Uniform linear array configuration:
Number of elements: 4
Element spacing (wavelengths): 1
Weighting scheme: binomial
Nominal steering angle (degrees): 15
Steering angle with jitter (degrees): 13.815
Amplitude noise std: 0.05
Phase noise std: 0.05

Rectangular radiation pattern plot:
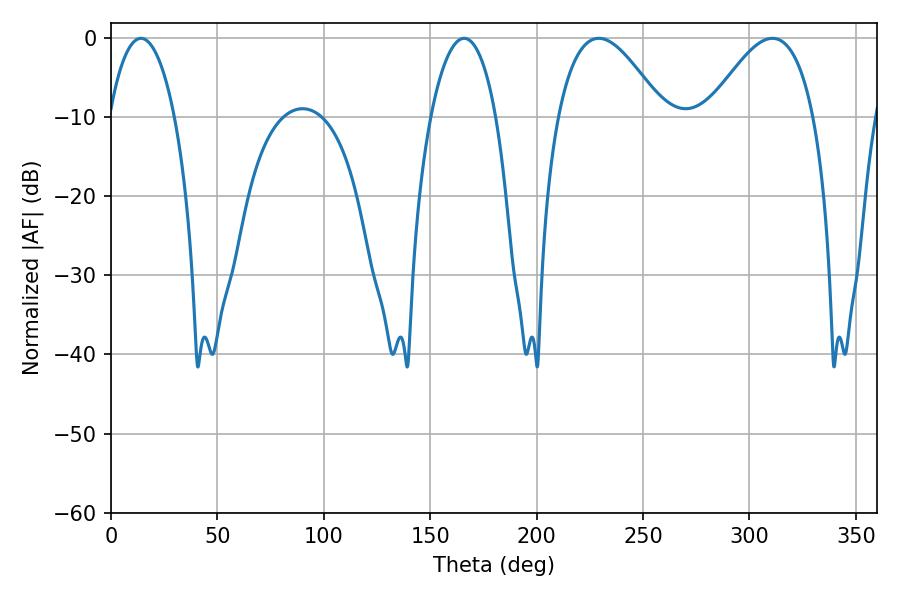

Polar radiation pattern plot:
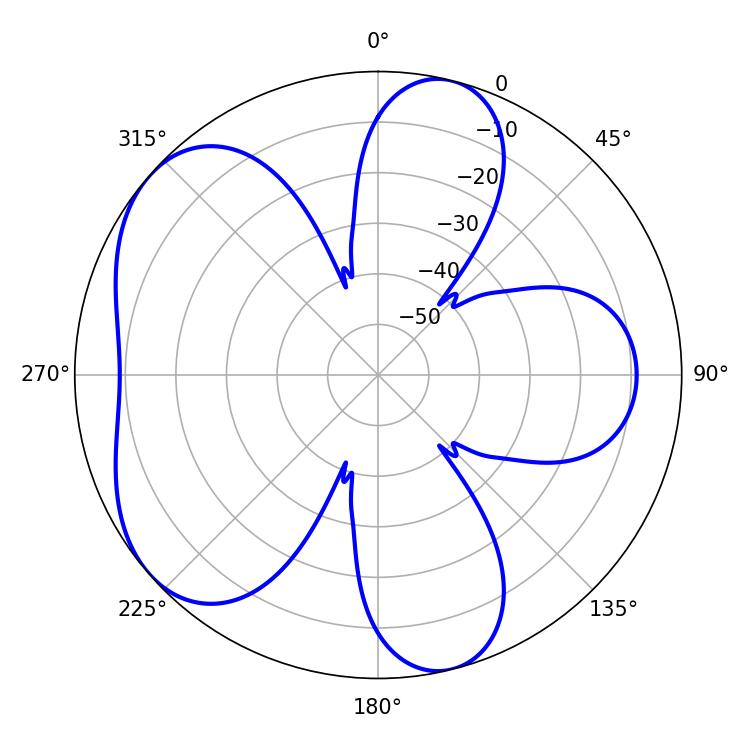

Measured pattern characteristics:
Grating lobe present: TRUE
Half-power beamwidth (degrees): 17.28
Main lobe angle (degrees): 14.04